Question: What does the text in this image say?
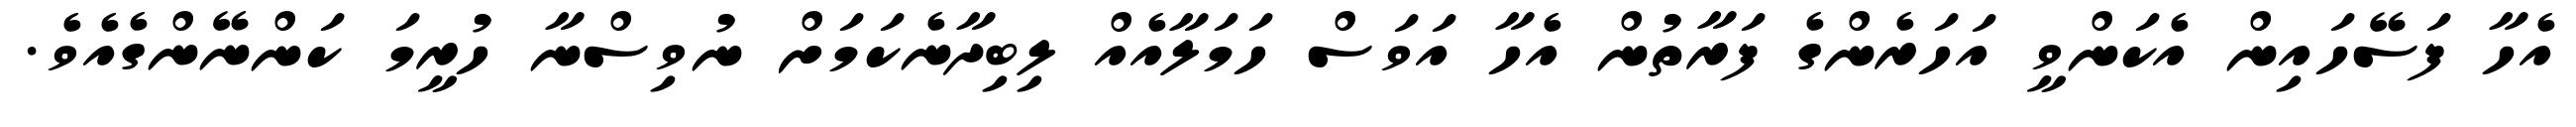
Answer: އެހާ ފަސޭހައިން އެކަންވީ އަހަރެންގެ ފަރާތުން އެހާ އަވަސް ހަމަލާއެއް ލިބިދާނެކަމަށް ނުވިސްނާ ހުރީމަ ކަންނޭންގެއެވެ.